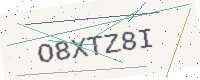
Text: O8XTZ8I